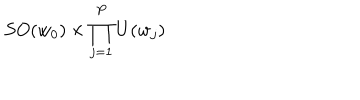
S O ( w _ { 0 } ) \times \prod _ { j = 1 } ^ { P } U ( w _ { j } )